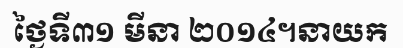
ថ្ងៃទី៣១ មីនា ២០១៤។នាយក